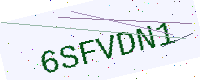
Text: 6SFVDN1